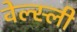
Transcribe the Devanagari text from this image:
वेल्स्ली